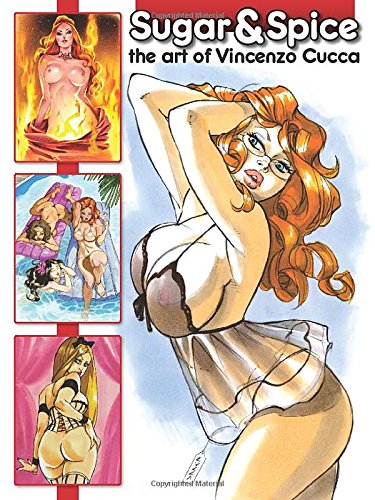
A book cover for Sugar & Spice: The Art of Vincenzo Cucca; Vincenzo Cucca; Comics & Graphic Novels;